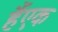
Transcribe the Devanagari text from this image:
हैंएक